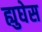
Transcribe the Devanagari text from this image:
ह्युघेस